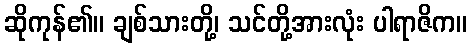
ဆိုကုန်၏။ ချစ်သားတို့၊ သင်တို့အားလုံး ပါရာဇိက။